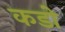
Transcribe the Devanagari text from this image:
कडो